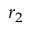
r _ { 2 }